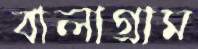
বালাগ্রাম